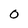
Character: 0